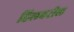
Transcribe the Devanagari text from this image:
हिलवरील